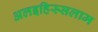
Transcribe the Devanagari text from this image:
अलइहिस्सलाम